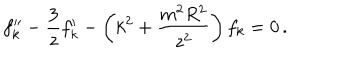
f _ { k } ^ { \prime \prime } - { \frac { 3 } { z } } f _ { k } ^ { \prime } - \left( k ^ { 2 } + { \frac { m ^ { 2 } R ^ { 2 } } { z ^ { 2 } } } \right) f _ { k } = 0 \, .